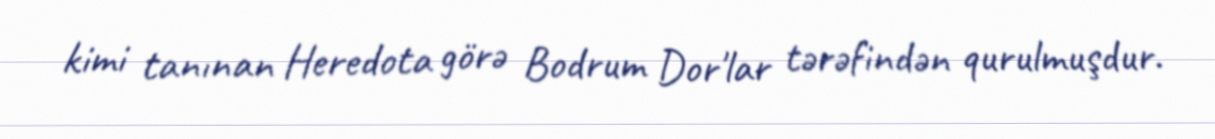
kimi tanınan Heredota görə Bodrum Dor'lar tərəfindən qurulmuşdur.